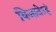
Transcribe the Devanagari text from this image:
विजानेऽहं